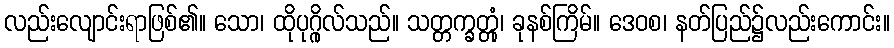
လည်းလျောင်းရာဖြစ်၏။ သော၊ ထိုပုဂ္ဂိုလ်သည်။ သတ္တက္ခတ္တုံ၊ ခုနစ်ကြိမ်။ ဒေဝစ၊ နတ်ပြည်၌လည်းကောင်း။